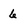
Character: 6